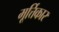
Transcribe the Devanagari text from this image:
मूर्त्तिकार